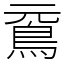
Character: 䲶